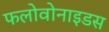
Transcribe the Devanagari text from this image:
फलोवोनाइडस